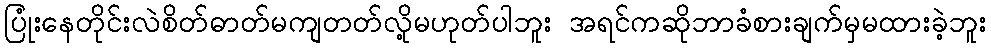
ပြုံးနေတိုင်းလဲစိတ်ဓာတ်မကျတတ်လို့မဟုတ်ပါဘူး အရင်ကဆိုဘာခံစားချက်မှမထားခဲ့ဘူး